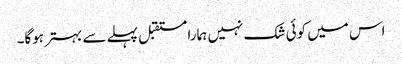
اس میں کوئی شک نہیں ہمارا مستقبل پہلے سے بہتر ہوگا۔